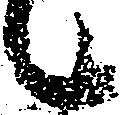
々